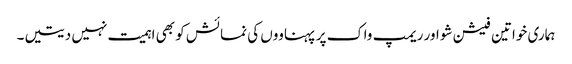
ہماری خواتین فیشن شو اور ریمپ واک پر پہناووں کی نمائش کو بھی اہمیت نہیں دیتیں۔